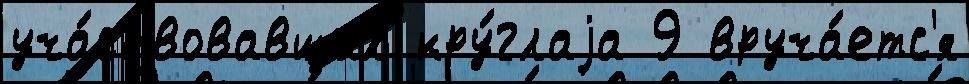
уча́ствовавших кру́глаjа 9 вруча́етс'я